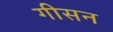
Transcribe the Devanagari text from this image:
गीसन